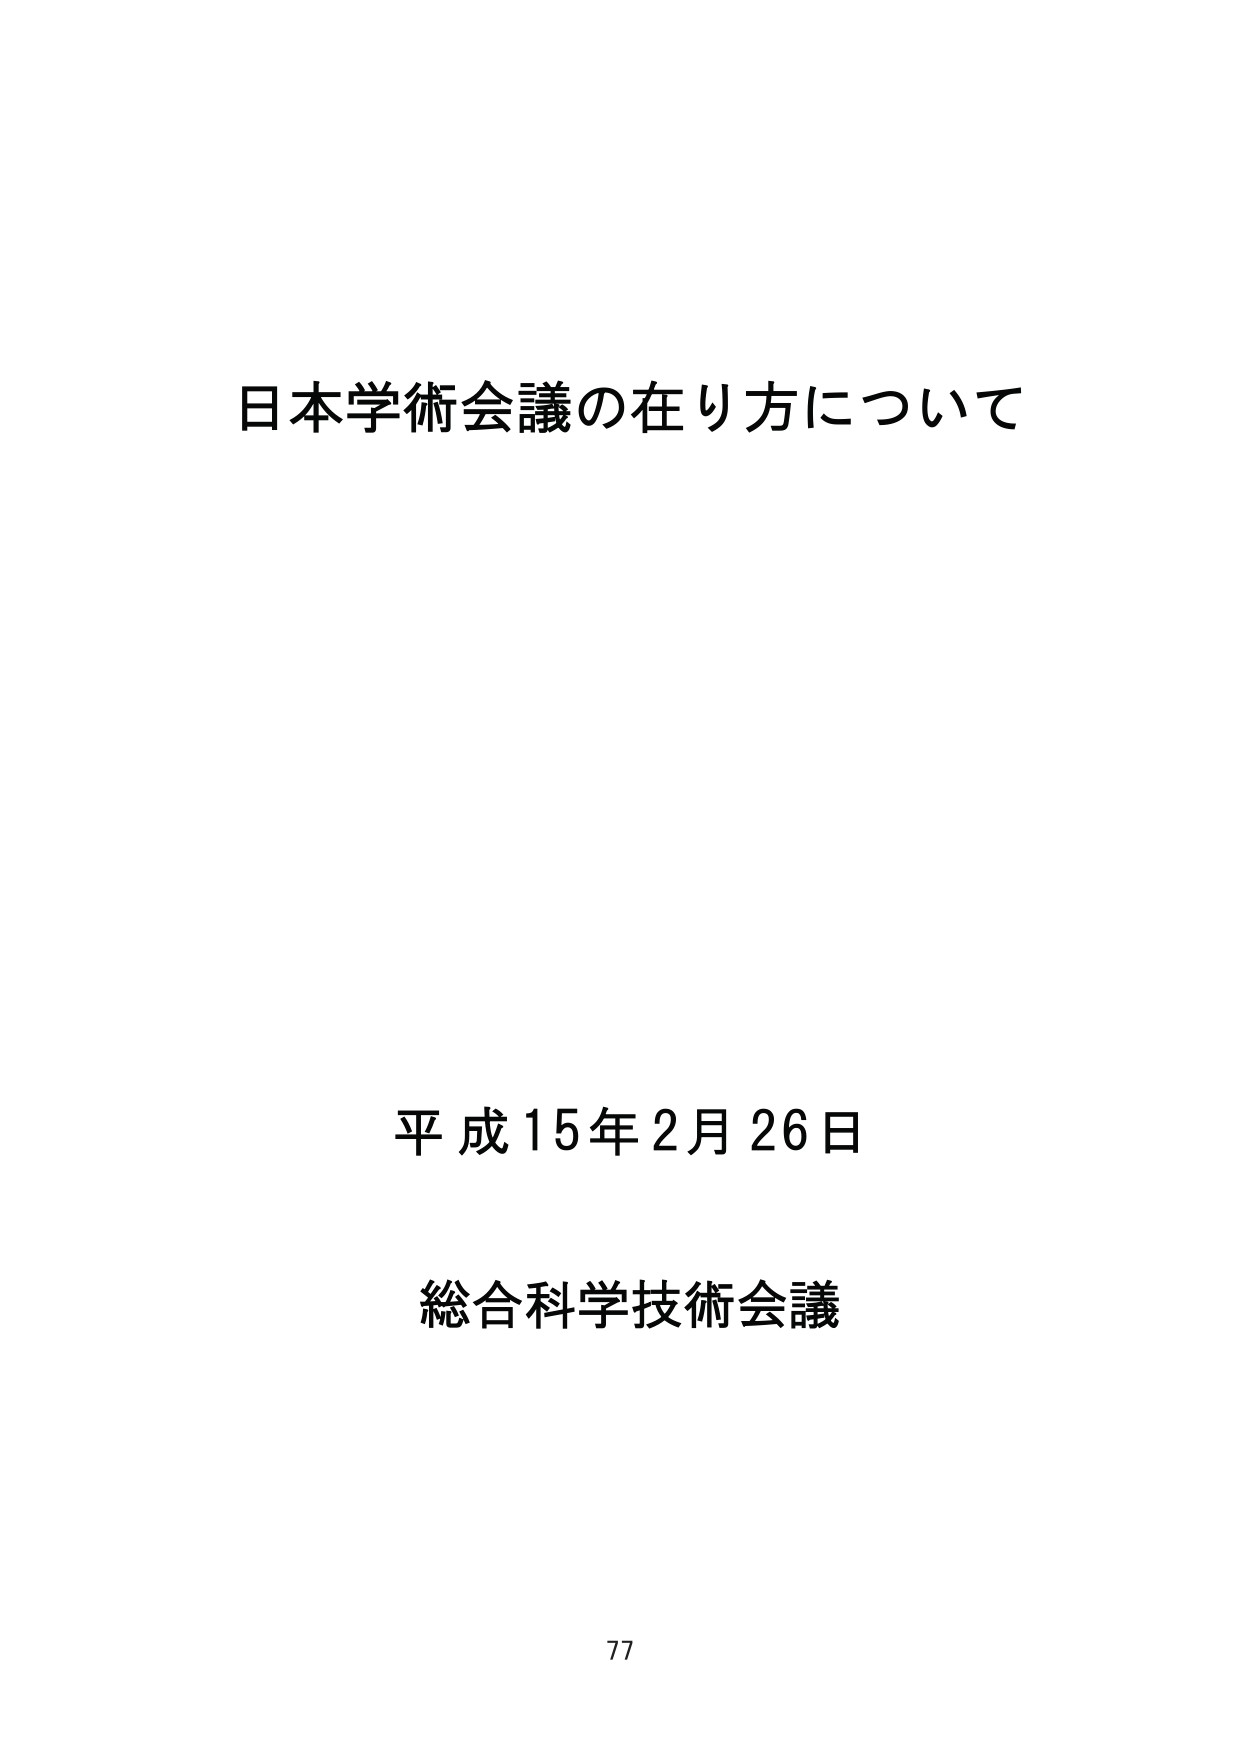
日本学術会議の在り方について

平成15年2月26日

総合科学技術会議

77